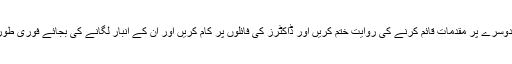
عدالتوں اورکچریوں میں ایک دوسرے پر مقدمات قائم کرنے کی روایت ختم کریں اور ڈاکٹرز کی فائلوں پر کام کریں اور ان کے انبار لگانے کی بجائے فوری طور پر متعلقہ دفتر میں پہنچائیں۔